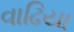
વાઢિયા